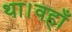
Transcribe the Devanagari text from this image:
था।वहाँ